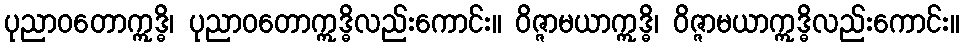
ပုညာဝတောဣဒ္ဓိ၊ ပုညာဝတောဣဒ္ဓိလည်းကောင်း။ ဝိဇ္ဇာမယာဣဒ္ဓိ၊ ဝိဇ္ဇာမယာဣဒ္ဓိလည်းကောင်း။